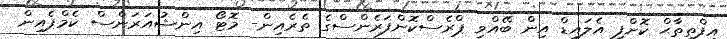
އިފްތިތާޙް ކޮށްފި އެލައިޑް އިން ބޭއްވި ޕްރެސްކޮންފަރެންސްގެ ތެރެއިން- މޮޓޯ އިންޝުއަރަންސް ކެމްޕެއިން